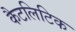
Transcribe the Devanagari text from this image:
कैटलिटिक